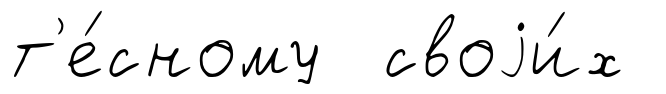
т'е́сному своjи́х